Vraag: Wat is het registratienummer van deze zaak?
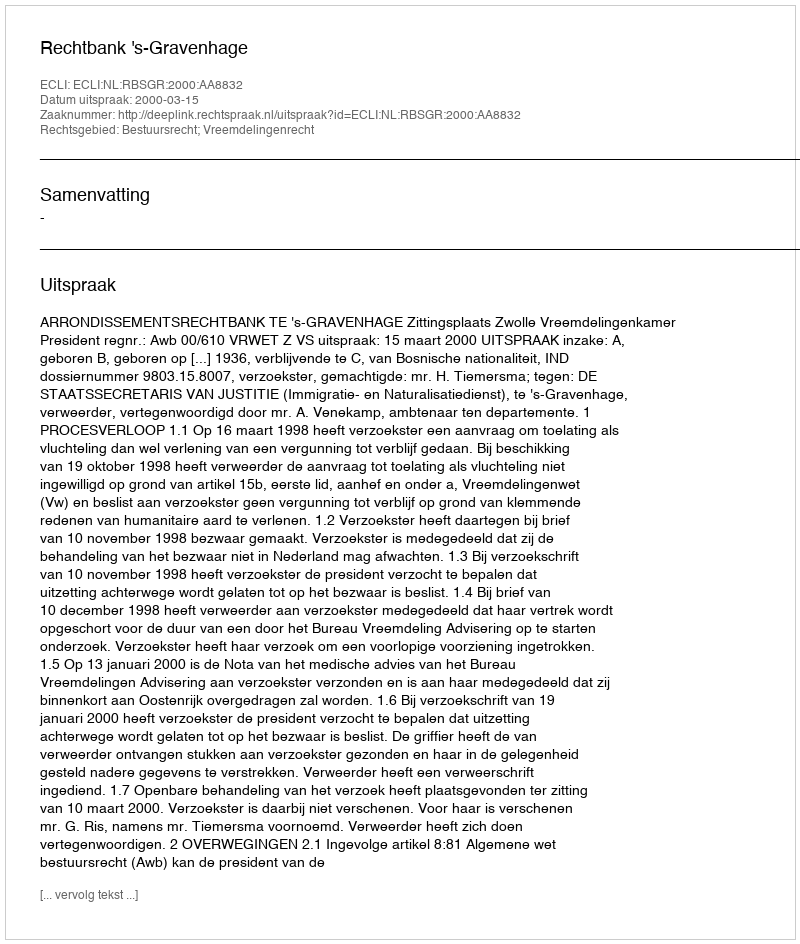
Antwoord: http://deeplink.rechtspraak.nl/uitspraak?id=ECLI:NL:RBSGR:2000:AA8832